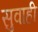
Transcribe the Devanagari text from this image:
सुवाही